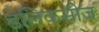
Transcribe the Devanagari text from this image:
डेलिकसीज